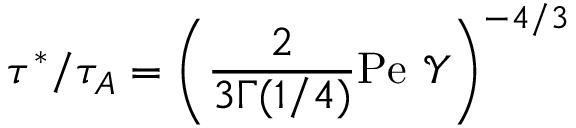
\tau ^ { * } / \tau _ { A } = \left( \frac { 2 } { 3 \Gamma ( 1 / 4 ) } \mathrm { P e } \ \mathcal { Y } \right) ^ { - 4 / 3 }